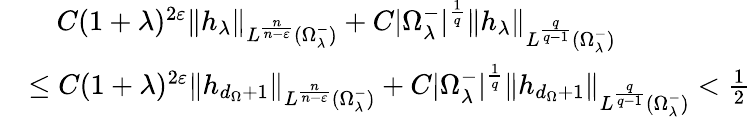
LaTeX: \begin{array}{rl}&{\quad C(1+\lambda)^{2\varepsilon}{\left\| h_{\lambda}\right\| }_{L^{\frac{n}{n-\varepsilon}}(\Omega_{\lambda}^{-})}+C|\Omega_{\lambda}^{-}|^{\frac{1}{q}}{\left\| h_{\lambda}\right\| }_{L^{\frac{q}{q-1}}(\Omega_{\lambda}^{-})}}\\ &{\leq C(1+\lambda)^{2\varepsilon}{\left\| h_{d_{\Omega}+1}\right\| }_{L^{\frac{n}{n-\varepsilon}}(\Omega_{\lambda}^{-})}+C|\Omega_{\lambda}^{-}|^{\frac{1}{q}}{\left\| h_{d_{\Omega}+1}\right\| }_{L^{\frac{q}{q-1}}(\Omega_{\lambda}^{-})}<\frac{1}{2}}\end{array}